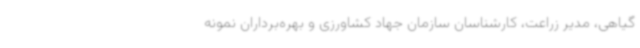
گیاهی، مدیر زراعت، کارشناسان سازمان جهاد کشاورزی و بهره‌برداران نمونه